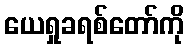
ယေရှုခရစ်တော်ကို